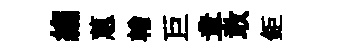
縐蕙輶巨章敢鉅